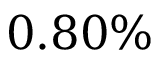
0 . 8 0 \%